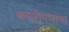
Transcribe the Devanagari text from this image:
करारीपणाचा